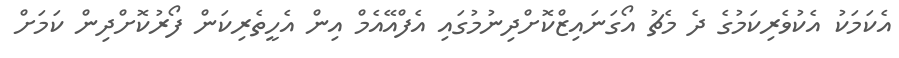
އެކަމަކު އެކުވެރިކަމުގެ ދެ މެޗު އޯގަނައިޒްކޮށްދިނުމުގައި އެފްއޭއެމް އިން އެހީތެރިކަން ފޯރުކޮށްދިން ކަމަށް